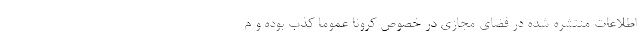
اطلاعات منتشره شده در فضای مجازی در خصوص کرونا عموما کذب بوده و م